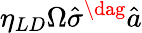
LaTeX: \eta_{LD}\Omega\hat{\sigma}^{\dag}\hat{a}